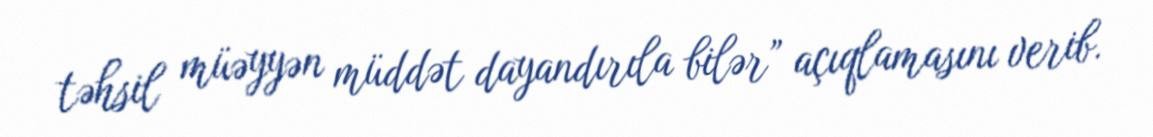
təhsil müəyyən müddət dayandırıla bilər” açıqlamasını verib.